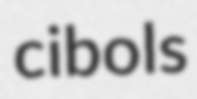
cibols